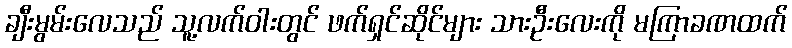
ချီးမွမ်းလေသည် သူ့လက်ဝါးတွင် ဖက်ရှင်ဆိုင်များ သားဦးလေးကို မကြာခဏထက်